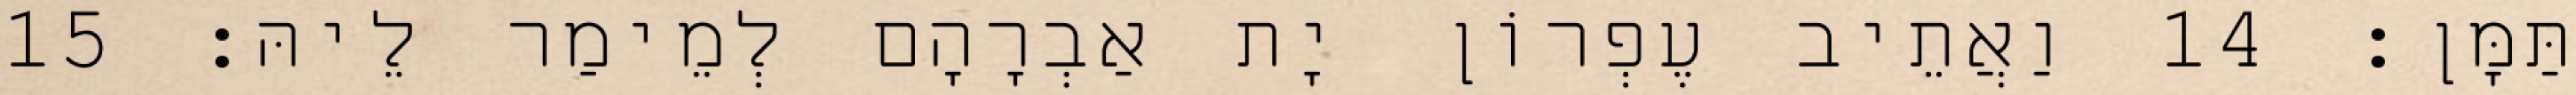
תַּמָּן׃ 14 וַאֲתֵיב עֶפְרוֹן יָת אַבְרָהָם לְמֵימַר לֵיהּ׃ 15